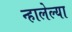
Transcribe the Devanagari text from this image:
न्हालेल्या